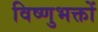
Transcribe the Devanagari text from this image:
विष्णुभक्तों